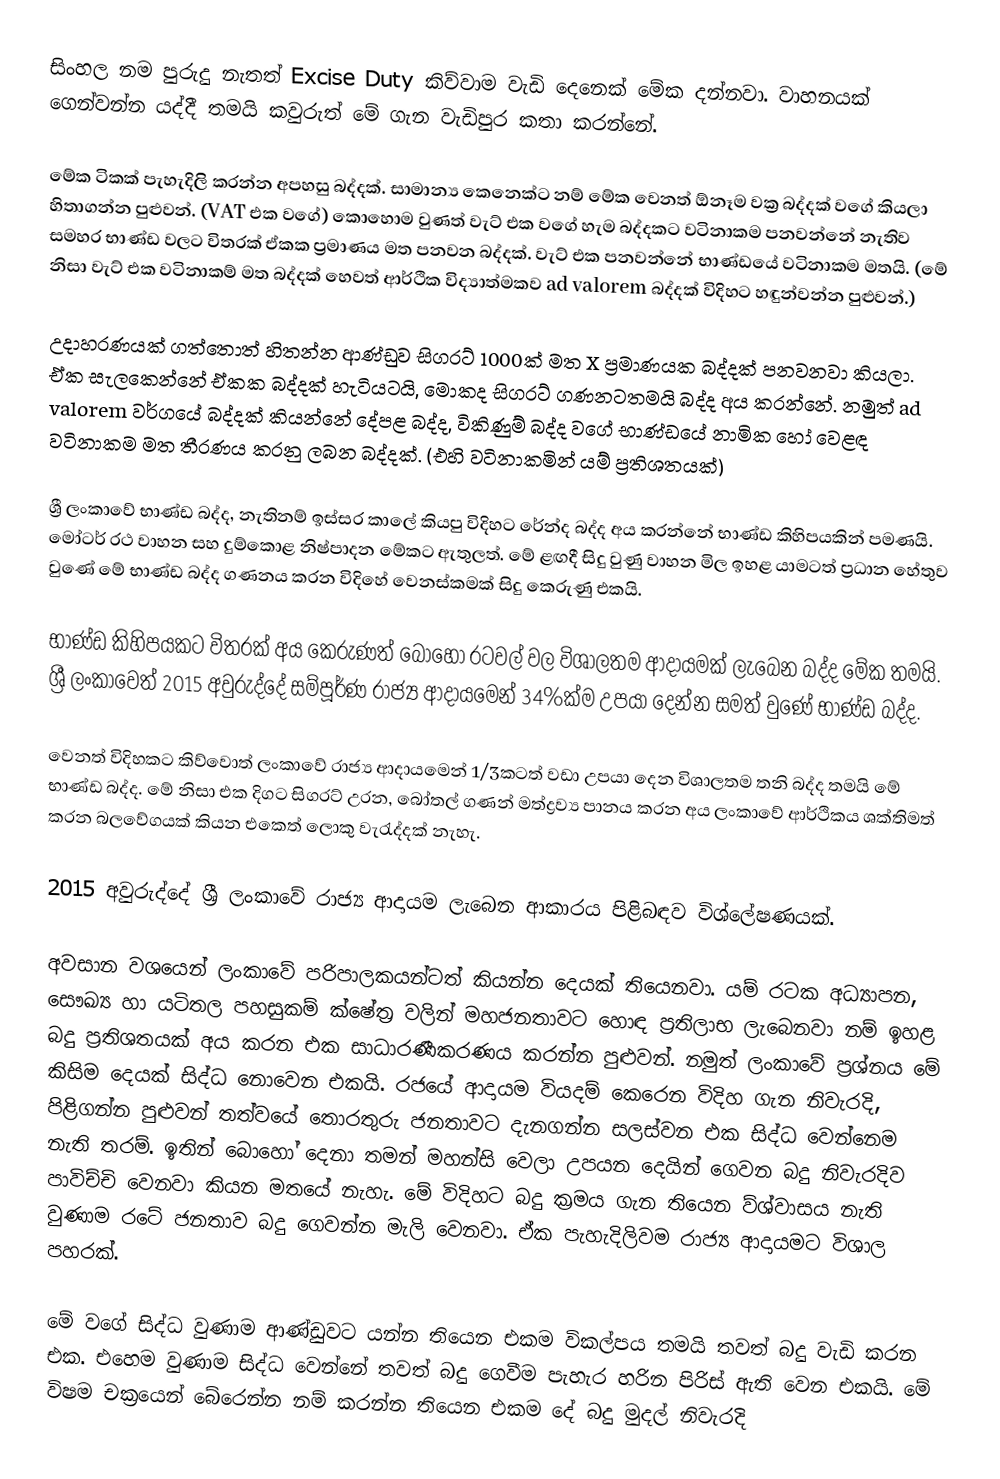
සිංහල නම පුරුදු නැතත් Excise Duty කිව්වාම වැඩි දෙනෙක් මේක දන්නවා. වාහනයක් ගෙන්වන්න යද්දී තමයි කවුරුත් මේ ගැන වැඩිපුර කතා කරන්නේ.

මේක ටිකක් පැහැදිලි කරන්න අපහසු බද්දක්. සාමාන්‍ය කෙනෙක්ට නම් මේක වෙනත් ඕනෑම වක්‍ර බද්දක් වගේ කියලා හිතාගන්න පුළුවන්. (VAT එක වගේ) කොහොම වුණත් වැට් එක වගේ හැම බද්දකට වටිනාකම පනවන්නේ නැතිව සමහර භාණ්ඩ වලට විතරක් ඒකක ප්‍රමාණය මත පනවන බද්දක්. වැට් එක පනවන්නේ භාණ්ඩයේ වටිනාකම මතයි. (මේ නිසා වැට් එක වටිනාකම් මත බද්දක් හෙවත් ආර්ථික විද්‍යාත්මකව ad valorem බද්දක් විදිහට හඳුන්වන්න පුළුවන්.)

උදාහරණයක් ගත්තොත් හිතන්න ආණ්ඩුව සිගරට් 1000ක් මත X ප්‍රමාණයක බද්දක් පනවනවා කියලා. ඒක සැලකෙන්නේ ඒකක බද්දක් හැටියටයි, මොකද සිගරට් ගණනටතමයි බද්ද අය කරන්නේ. නමුත් ad valorem වර්ගයේ බද්දක් කියන්නේ දේපළ බද්ද, විකිණුම් බද්ද වගේ භාණ්ඩයේ නාමික හෝ වෙළඳ වටිනාකම මත තීරණය කරනු ලබන බද්දක්. (එහි වටිනාකමින් යම් ප්‍රතිශතයක්)

ශ්‍රී ලංකාවේ භාණ්ඩ බද්ද, නැතිනම් ඉස්සර කාලේ කියපු විදිහට රේන්ද බද්ද අය කරන්නේ භාණ්ඩ කිහිපයකින් පමණයි. මෝටර් රථ වාහන සහ දුම්කොළ නිෂ්පාදන මේකට ඇතුලත්. මේ ළඟදී සිදු වුණු වාහන මිල ඉහළ යාමටත් ප්‍රධාන හේතුව වුණේ මේ භාණ්ඩ බද්ද ගණනය කරන විදිහේ වෙනස්කමක් සිදු කෙරුණු එකයි.

භාණ්ඩ කිහිපයකට විතරක් අය කෙරුණත් බොහෝ රටවල් වල විශාලතම ආදායමක් ලැබෙන බද්ද මේක තමයි. ශ්‍රී ලංකාවෙත් 2015 අවුරුද්දේ සම්පූර්ණ රාජ්‍ය ආදායමෙන් 34%ක්ම උපයා දෙන්න සමත් වුණේ භාණ්ඩ බද්ද.

වෙනත් විදිහකට කිව්වොත් ලංකාවේ රාජ්‍ය ආදායමෙන් 1/3කටත් වඩා උපයා දෙන විශාලතම තනි බද්ද තමයි මේ භාණ්ඩ බද්ද. මේ නිසා එක දිගට සිගරට් උරන, බෝතල් ගණන් මත්ද්‍රව්‍ය පානය කරන අය ලංකාවේ ආර්ථිකය ශක්තිමත් කරන බලවේගයක් කියන එකෙත් ලොකු වැරැද්දක් නැහැ.

2015 අවුරුද්දේ ශ්‍රී ලංකාවේ රාජ්‍ය ආදායම ලැබෙන ආකාරය පිළිබඳව විශ්ලේෂණයක්.

අවසාන වශයෙන් ලංකාවේ පරිපාලකයන්ටත් කියන්න දෙයක් තියෙනවා. යම් රටක අධ්‍යාපන, සෞඛ්‍ය හා යටිතල පහසුකම් ක්ෂේත්‍ර වලින් මහජනතාවට හොඳ ප්‍රතිලාභ ලැබෙනවා නම් ඉහළ බදු ප්‍රතිශතයක් අය කරන එක සාධාරණීකරණය කරන්න පුළුවන්. නමුත් ලංකාවේ ප්‍රශ්නය මේ කිසිම දෙයක් සිද්ධ නොවෙන එකයි. රජයේ ආදායම වියදම් කෙරෙන විදිහ ගැන නිවැරදි, පිළිගන්න පුළුවන් තත්වයේ තොරතුරු ජනතාවට දැනගන්න සලස්වන එක සිද්ධ වෙන්නෙම නැති තරම්. ඉතින් බොහෝ දෙනා තමන් මහන්සි වෙලා උපයන දෙයින් ගෙවන බදු නිවැරදිව පාවිච්චි වෙනවා කියන මතයේ නැහැ. මේ විදිහට බදු ක්‍රමය ගැන තියෙන ව්ශ්වාසය නැති වුණාම රටේ ජනතාව බදු ගෙවන්න මැලි වෙනවා. ඒක පැහැදිලිවම රාජ්‍ය ආදායමට විශාල පහරක්.

මේ වගේ සිද්ධ වුණාම ආණ්ඩුවට යන්න තියෙන එකම විකල්පය තමයි තවත් බදු වැඩි කරන එක. එහෙම වුණාම සිද්ධ වෙන්නේ තවත් බදු ගෙවීම පැහැර හරින පිරිස් ඇති වෙන එකයි. මේ විෂම චක්‍රයෙන් බේරෙන්න නම් කරන්න තියෙන එකම දේ බදු මුදල් නිවැරදි